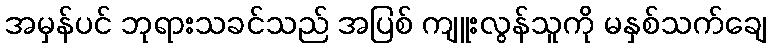
အမှန်ပင် ဘုရားသခင်သည် အပြစ် ကျူးလွန်သူကို မနှစ်သက်ချေ